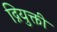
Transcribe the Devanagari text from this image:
द्नियुक्ती